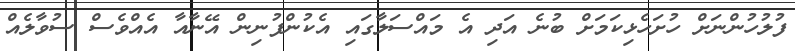
ފުލުހުންނަށް ހުށަހެޅިކަމަށް ބުނެ އަދި އެ މައްސަލާގައި އެކުންފުނިން އޭނާއާ އެއްވެސް ސުވާލެއް